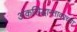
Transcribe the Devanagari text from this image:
अंकसिद्धान्तावरच्या